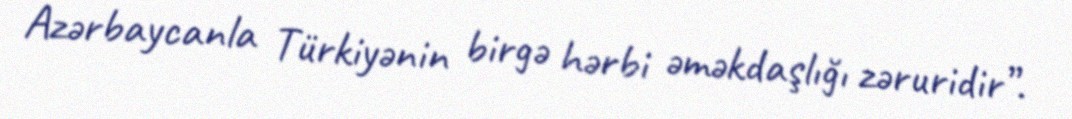
Azərbaycanla Türkiyənin birgə hərbi əməkdaşlığı zəruridir”.